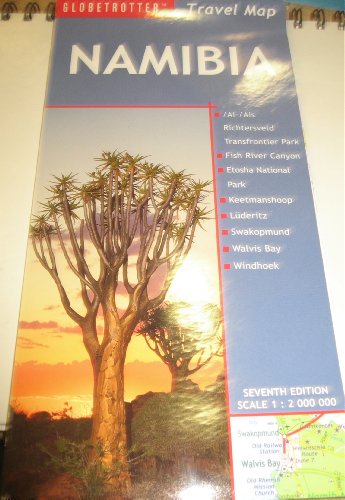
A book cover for Namibia Travel Map, 7th (Globetrotter Travel Map); Globetrotter; Travel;